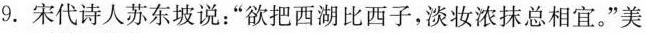
9.宋代诗人苏东坡说：”欲把西湖比西子，淡妆浓抹总相宜。”美